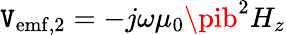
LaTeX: \mathtt{V}_{\mathrm{{emf,2}}}=-j\omega\mu_{0}\pib^{2}H_{z}